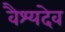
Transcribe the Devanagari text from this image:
वैश्यदेव